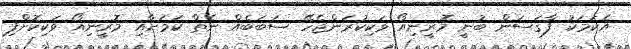
އެކަމަކު ފާގަސަން ބުނީ މޮރީނިއޯ ވަކިކުރަންޖެހޭ ސަބަބެއް ނެތް ކަމަށާއި މޮރީނިއޯ ވަކިކޮށްފި